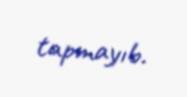
tapmayıb.